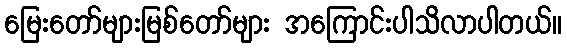
မြေးတော်များမြစ်တော်များ အကြောင်းပါသိလာပါတယ်။